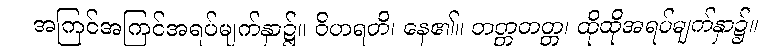
အကြင်အကြင်အရပ်မျက်နှာ၌။ ဝိဟရတိ၊ နေ၏။ တတ္တတတ္တ၊ ထိုထိုအရပ်မျက်နှာ၌။